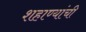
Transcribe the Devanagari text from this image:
शहाण्यांची